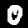
Label: 0